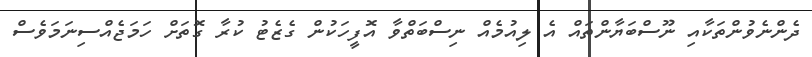
ދެންނެވުންތަކާއި ނޫސްބަޔާންތައް އެ ލިއުމެއް ނިސްބަތްވާ އޮފީހަކުން ގެޒެޓު ކުރާ ގޮތަށް ހަމަޖެއްސިނަމަވެސް